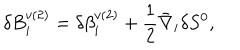
\delta B _ { i } ^ { v ( 2 ) } = \delta \beta _ { i } ^ { v ( 2 ) } + \frac { 1 } { 2 } \bar { \nabla } _ { i } \delta S ^ { 0 } ,